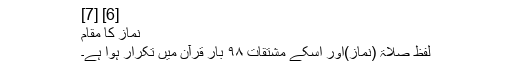
[6] [7]
نماز کا مقام
لفظ صلاۃ (نماز)اور اسکے مشتقات ۹۸ بار قرآن میں تکرار ہوا ہے۔